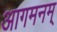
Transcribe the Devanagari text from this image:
आगमनम्